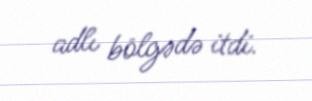
adlı bölgədə itdi.